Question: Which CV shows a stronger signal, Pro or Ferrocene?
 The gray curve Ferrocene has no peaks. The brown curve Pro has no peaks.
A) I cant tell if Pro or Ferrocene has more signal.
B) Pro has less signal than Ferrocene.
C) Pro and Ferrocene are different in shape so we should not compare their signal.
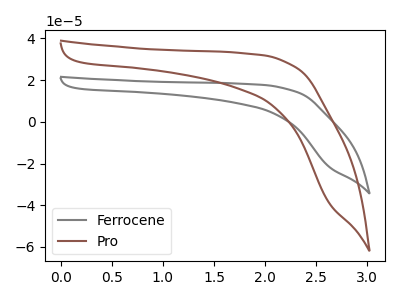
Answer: <think>Neither "Pro" or "Ferrocene" have any peaks.
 </think>
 <answer>A) I cant tell if "Pro" or "Ferrocene" has more signal.</answer>
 <eval>A</eval>